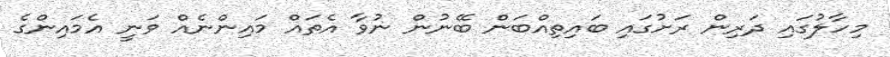
މިހާލުގައި ދަރިން ރަށުގައި ބައިތިއްބަން ބޭނުން ނުވާ އެތައް މައިންނެއް ވަނީ އެމައިންގެ